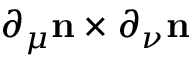
\partial _ { \mu } { \bf n } \times \partial _ { \nu } { \bf n }